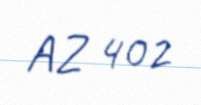
AZ 402